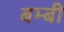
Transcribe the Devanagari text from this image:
बम्बी